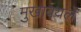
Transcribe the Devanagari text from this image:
मुखावयले